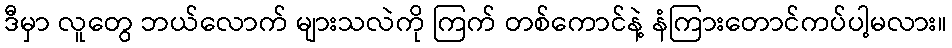
ဒီမှာ လူတွေ ဘယ်လောက် များသလဲကို ကြက် တစ်ကောင်နဲ့ နံကြားတောင်ကပ်ပါ့မလား။